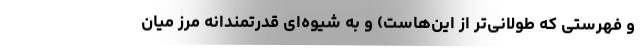
و فهرستی که طولانی‌تر از این‌هاست) و به شیوه‌ای قدرتمندانه مرز میان